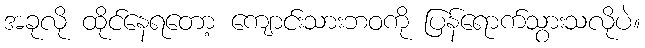
အခုလို ထိုင်နေရတော့ ကျောင်းသားဘဝကို ပြန်ရောက်သွားသလိုပဲ။